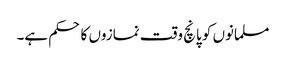
مسلمانوں کو پانچ وقت نمازوں کا حکم ہے۔